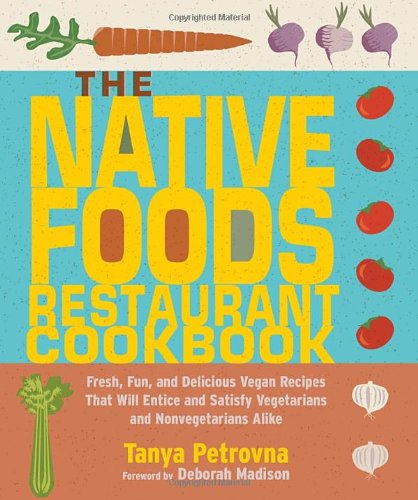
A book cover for The Native Foods Restaurant Cookbook; Tanya Petrovna; Cookbooks, Food & Wine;